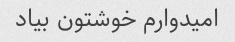
امیدوارم خوشتون بیاد